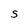
Character: S